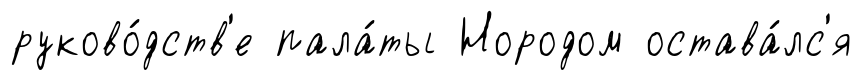
руково́дств'е пала́ты Нородом остава́лс'я